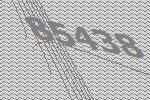
85438